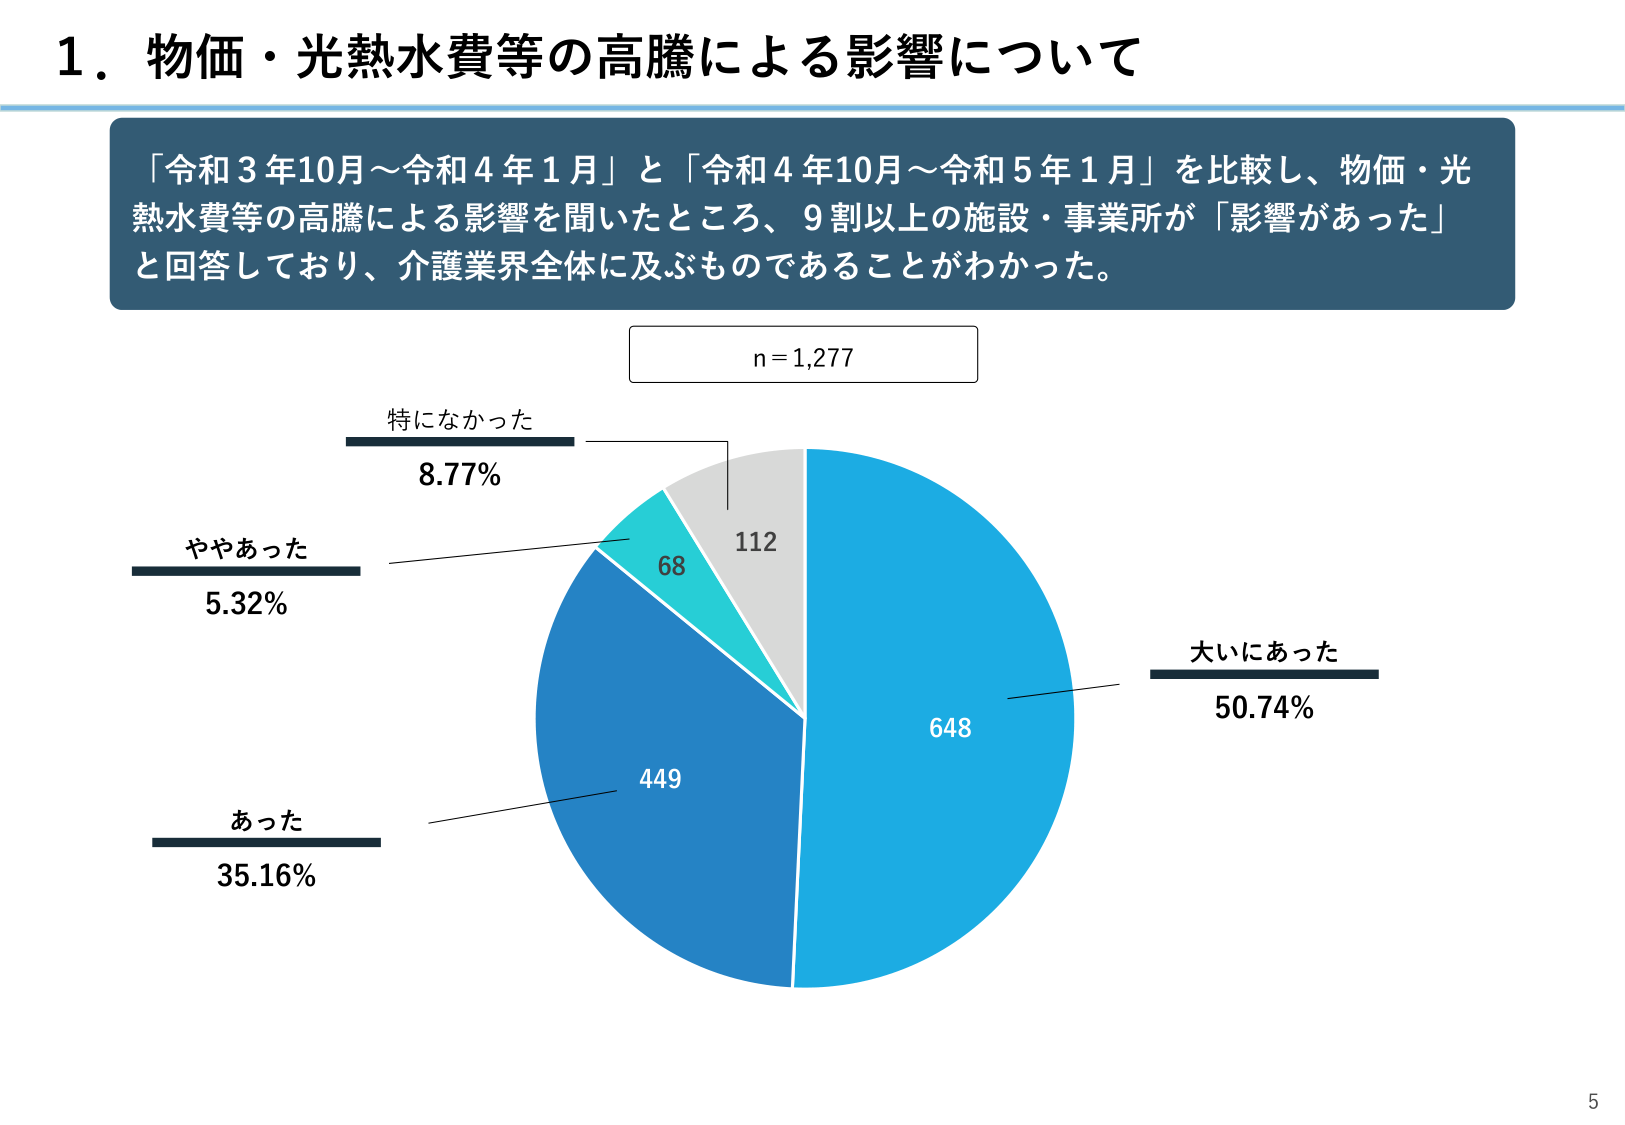
1．物価・光熱水費等の高騰による影響について

「令和3年10月～令和4年1月」と「令和4年10月～令和5年1月」を比較し、物価・光熱水費等の高騰による影響を聞いたところ、9割以上の施設・事業所が「影響があった」と回答しており、介護業界全体に及ぶものであることがわかった。

n = 1,277

特になかった
8.77%
112

ややあった
5.32%
68

あった
35.16%
449

大いにあった
50.74%
648

5